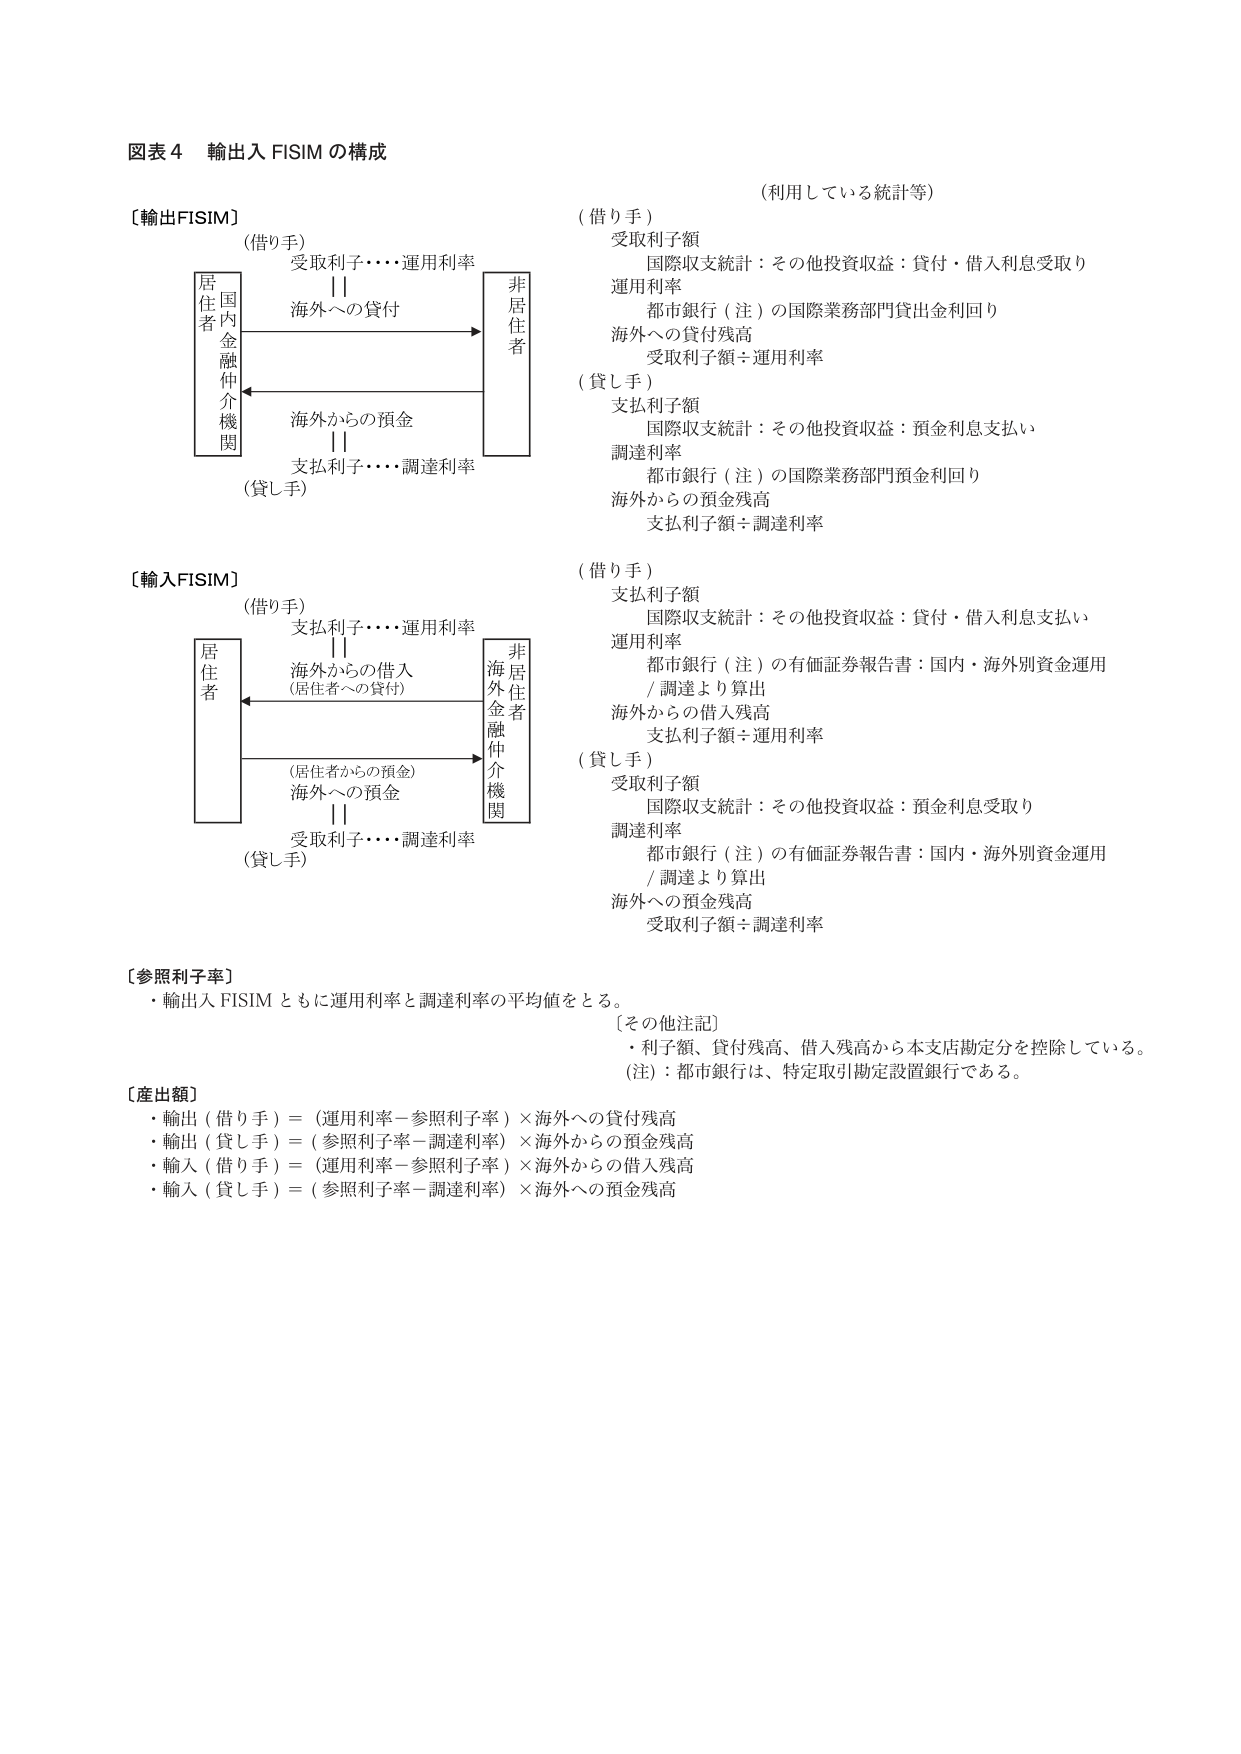
図表４ 輸出入 FISIM の構成

〔輸出FISIM〕
（借り手）
受取利子・・・・運用利率
||
海外への貸付
→
非居住者
居住者
国内金融仲介機関
海外からの預金
||
支払利子・・・・調達利率
（貸し手）

〔輸入FISIM〕
（借り手）
支払利子・・・・運用利率
||
海外からの借入
（居住者への貸付）
←
非居住者
金融仲介機関
（居住者からの預金）
海外への預金
||
受取利子・・・・調達利率
（貸し手）

〔参照利子率〕
・輸出入 FISIM ともに運用利率と調達利率の平均値をとる。

〔産出額〕
・輸出（借り手）＝（運用利率－参照利子率）×海外への貸付残高
・輸出（貸し手）＝（参照利子率－調達利率）×海外からの預金残高
・輸入（借り手）＝（運用利率－参照利子率）×海外からの借入残高
・輸入（貸し手）＝（参照利子率－調達利率）×海外への預金残高

（利用している統計等）
（借り手）
受取利子額
　国際収支統計：その他投資収益：貸付・借入利息受取り
運用利率
　都市銀行（注）の国際業務部門貸出金利回り
海外への貸付残高
　受取利子額÷運用利率
（貸し手）
支払利子額
　国際収支統計：その他投資収益：預金利息支払い
調達利率
　都市銀行（注）の国際業務部門預金利回り
海外からの預金残高
　支払利子額÷調達利率

（借り手）
支払利子額
　国際収支統計：その他投資収益：貸付・借入利息支払い
運用利率
　都市銀行（注）の有価証券報告書：国内・海外別資金運用
　／調達より算出
海外からの借入残高
　支払利子額÷運用利率
（貸し手）
受取利子額
　国際収支統計：その他投資収益：預金利息受取り
調達利率
　都市銀行（注）の有価証券報告書：国内・海外別資金運用
　／調達より算出
海外への預金残高
　受取利子額÷調達利率

〔その他注記〕
・利子額、貸付残高、借入残高から本支店勘定分を控除している。
（注）：都市銀行は、特定取引勘定設置銀行である。